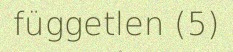
független (5)